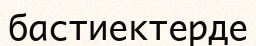
бастиектерде